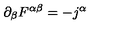
\partial _ { \beta } F ^ { \alpha \beta } = - j ^ { \alpha }